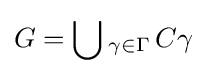
G=\bigcup {}_{\gamma \in \Gamma }\,C\gamma